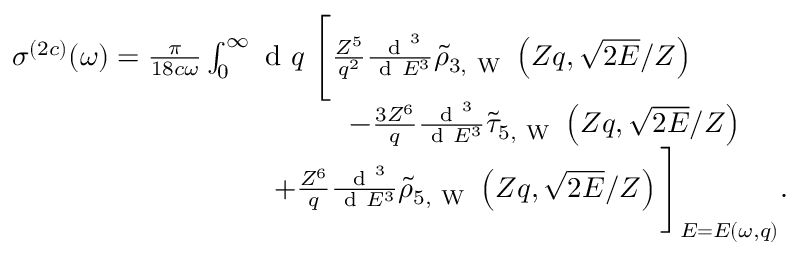
\begin{array} { r } { \sigma ^ { ( 2 c ) } ( \omega ) = \frac { \pi } { 1 8 c \omega } \int _ { 0 } ^ { \infty } \ensuremath { \mathrm { ~ d ~ } } q \; \Biggl [ \frac { Z ^ { 5 } } { q ^ { 2 } } \frac { \ensuremath { \mathrm { ~ d ~ } } ^ { 3 } } { \ensuremath { \mathrm { ~ d ~ } } E ^ { 3 } } \tilde { \rho } _ { 3 , \mathrm { ~ W ~ } } \left( Z q , \sqrt { 2 E } / Z \right) \phantom { x x x x x x x x } } \\ { - \frac { 3 Z ^ { 6 } } { q } \frac { \ensuremath { \mathrm { ~ d ~ } } ^ { 3 } } { \ensuremath { \mathrm { ~ d ~ } } E ^ { 3 } } \tilde { \tau } _ { 5 , \mathrm { ~ W ~ } } \left( Z q , \sqrt { 2 E } / Z \right) \phantom { x x x x x } } \\ { + \frac { Z ^ { 6 } } { q } \frac { \ensuremath { \mathrm { ~ d ~ } } ^ { 3 } } { \ensuremath { \mathrm { ~ d ~ } } E ^ { 3 } } \tilde { \rho } _ { 5 , \mathrm { ~ W ~ } } \left( Z q , \sqrt { 2 E } / Z \right) \Biggl ] _ { E = E ( \omega , q ) } . \; \; \; \; \; } \end{array}